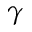
\gamma